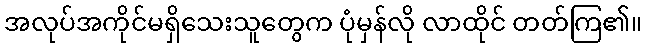
အလုပ်အကိုင်မရှိသေးသူတွေက ပုံမှန်လို လာထိုင် တတ်ကြ၏။